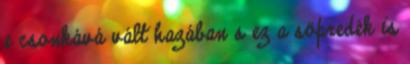
e csonkává vált hazában s ez a söpredék is